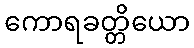
ကောရခတ္တိယော